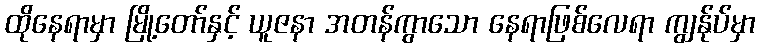
ထိုနေရာမှာ မြို့တော်နှင့် ယူဇနာ အတန်ကွာသော နေရာဖြစ်လေရာ ကျွန်ုပ်မှာ